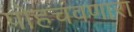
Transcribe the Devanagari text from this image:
पोहचवणारा